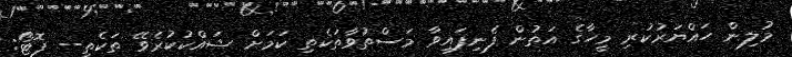
މުލިން ހައްޔަރުކުރި މީހާގެ އަތުން ފެނިފައިވާ މަސްތުވާތަކެތި ކަމަށް ޝައްކުކުރެވޭ ތަކެތި-- ފޮޓޯ: